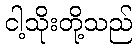
ငါ့သိုးတို့သည်